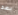
بعد